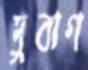
দুবাগ